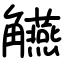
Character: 觾